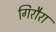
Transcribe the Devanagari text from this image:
गिरौरा